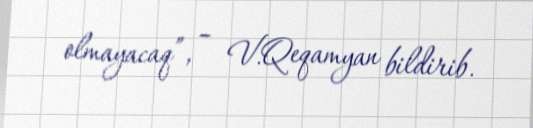
olmayacaq”, – V.Qeqamyan bildirib.